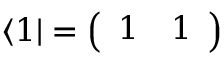
\langle 1 | = \left( \begin{array} { l l } { 1 } & { 1 } \end{array} \right)